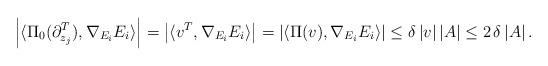
LaTeX: \begin{align*} \left| \langle \Pi_0 (\partial_{z_j}^T) , \nabla_{E_i} E_i \rangle \right|&= \left| \langle v^T , \nabla_{E_i} E_i \rangle \right| = \left| \langle \Pi (v) , \nabla_{E_i} E_i \rangle \right| \leq \delta \, |v| \, |A| \leq 2 \, \delta \, |A| \, .\end{align*}